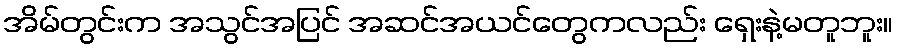
အိမ်တွင်းက အသွင်အပြင် အဆင်အယင်တွေကလည်း ရှေးနဲ့မတူဘူး။